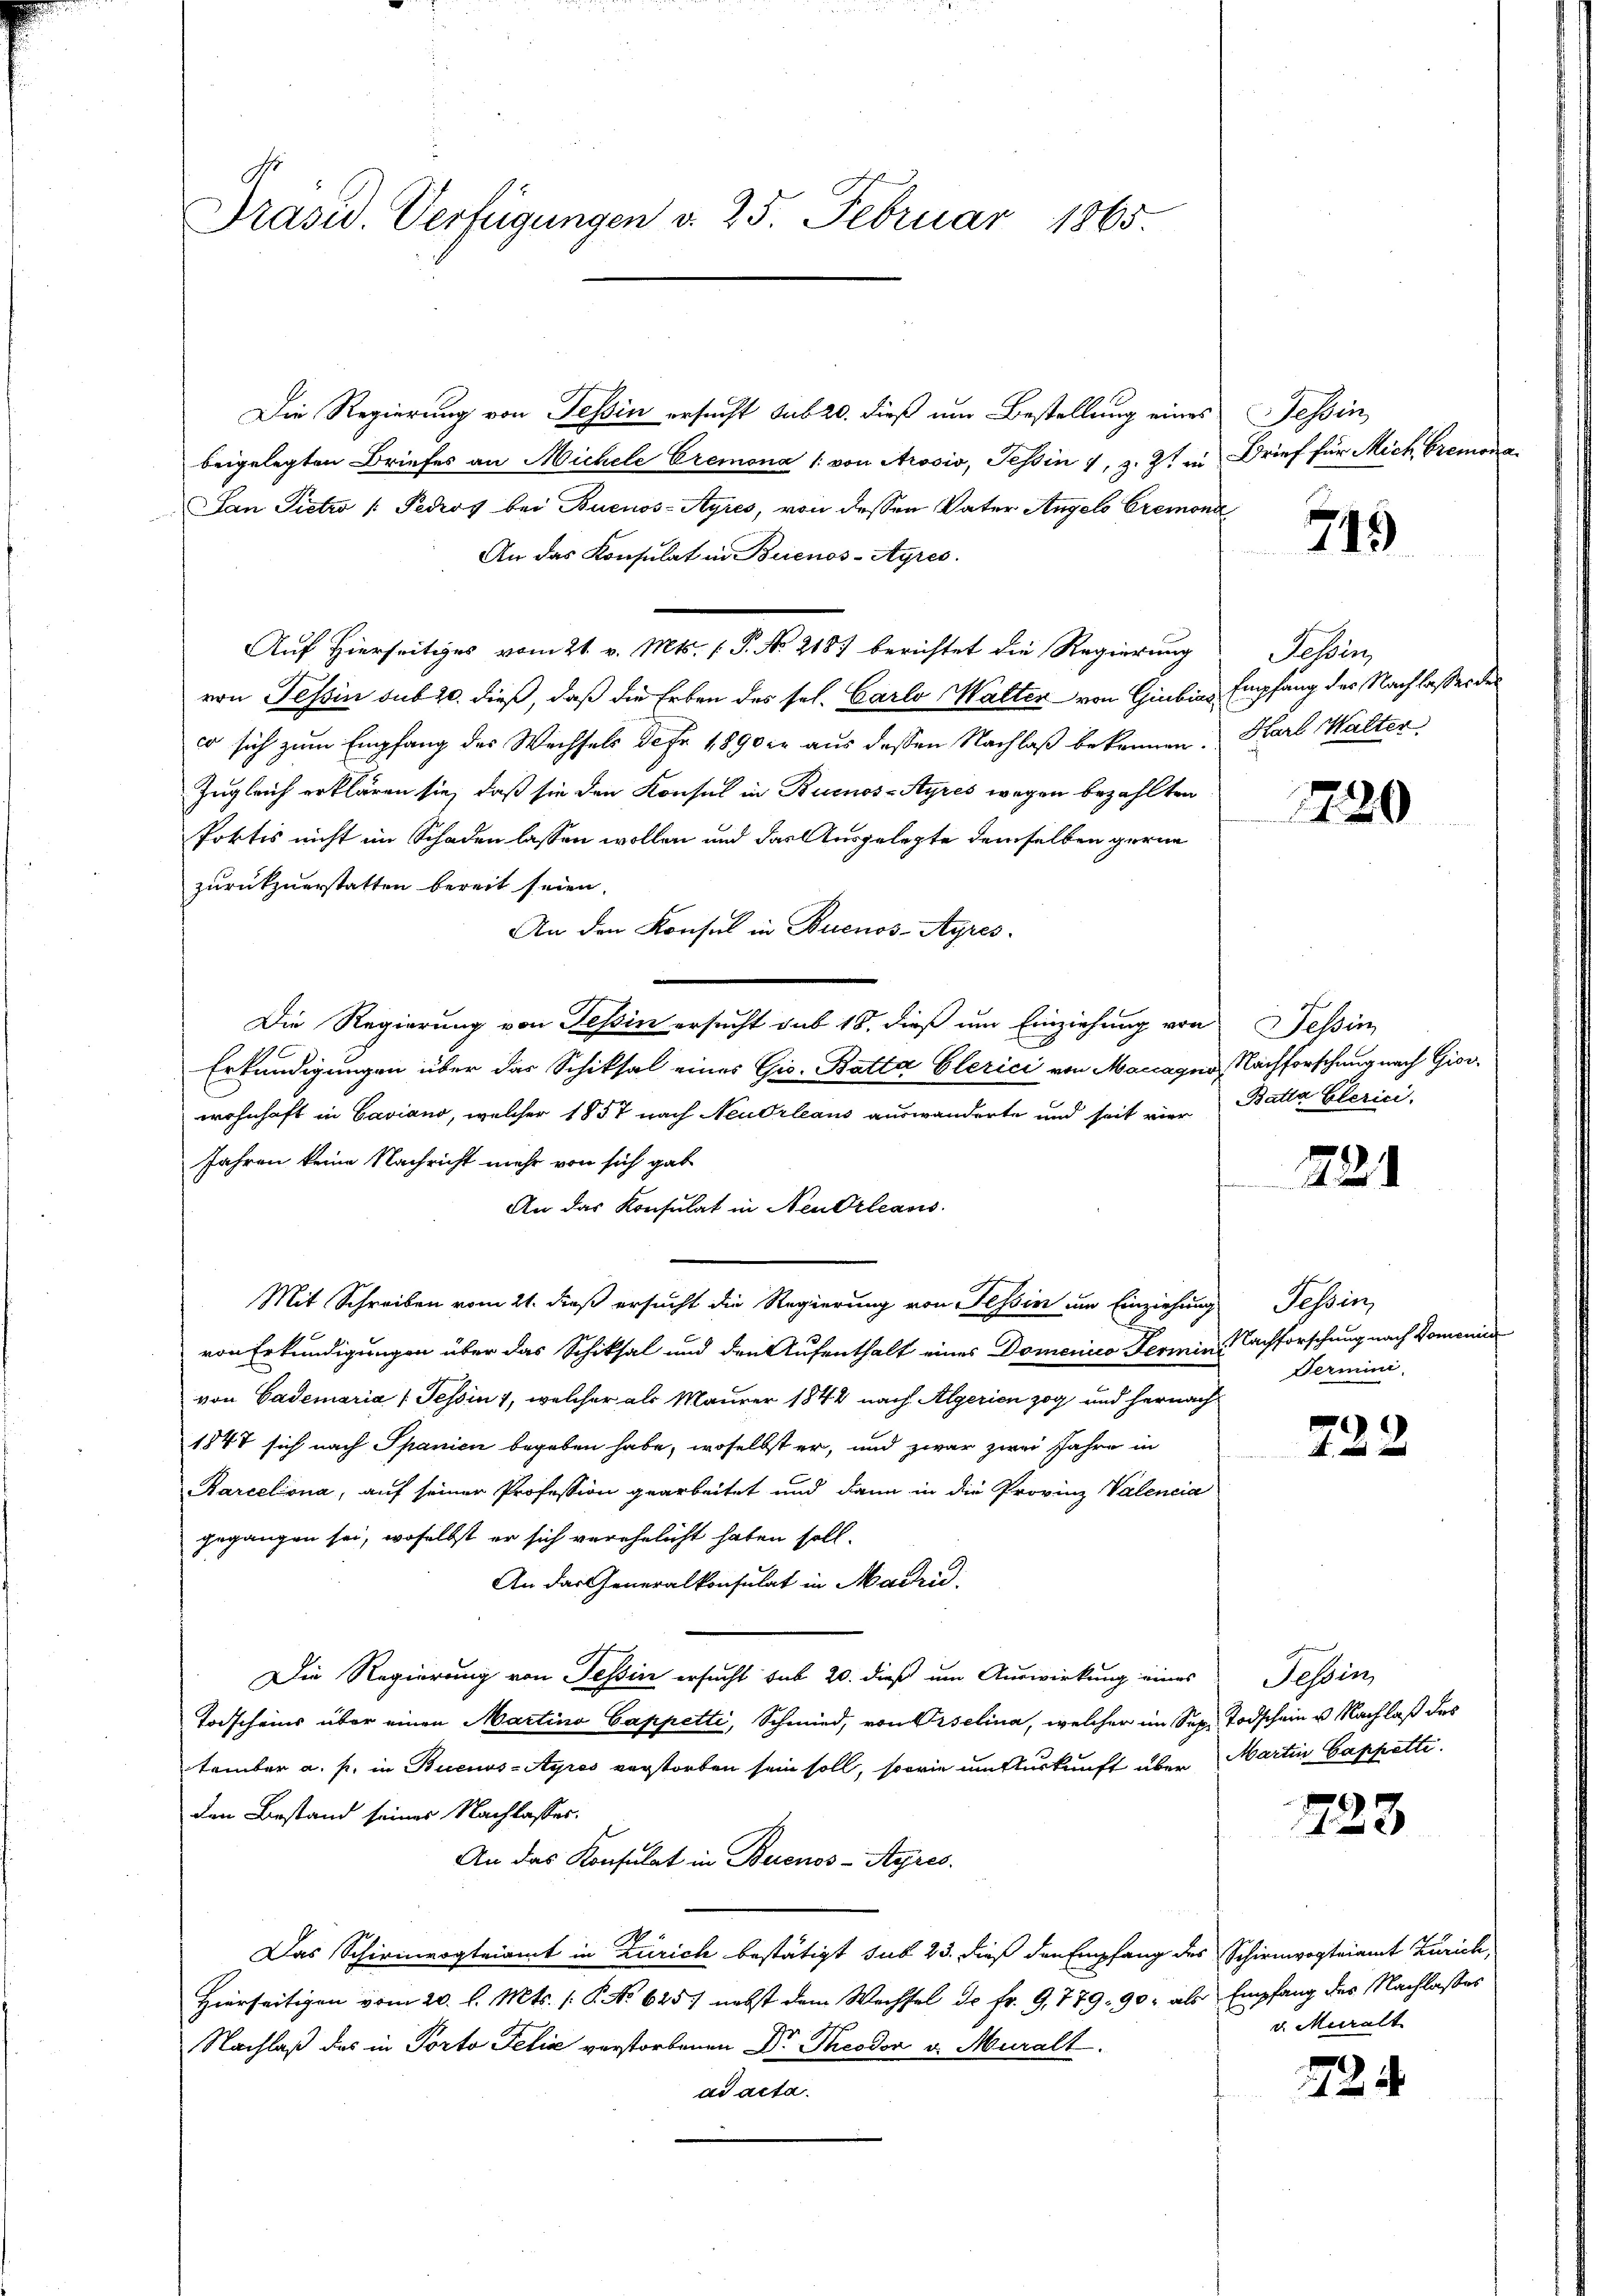
Präsid. Verfügungen v. 25. Februar 1865.

Die Regierung von Tessin ersucht sub 20. dieß um Bestellung eines
beigelegten Briefes an Michele Cremona /: von Arosio, Tessin, z. Z. a
Lan Pietro /: Pedros bei Buenos-Ayres, von dessen Vater Angelo Cremona
An das Konsulat in Buenos-Ayres.
Auf Hierseitiges vom 21. v. Mts. (T. No 2187 berichtet die Regierung
von Tessin sub 20. dieß, daß die Erben des sel. Carlo Walter von Giubias Empfang des Nachlasses der
co sich zum Empfang des Wechsels de fr. 1890 er aus dessen Nachlaß bekennen. Karl Walter
Zugleich erklären sie, daß sie den Konsul in Buenos-Ayres wegen bezahlten
Portis nicht im Schaden lassen wollen und das Ausgelegte demselben gerne
zurückzuerstatten bereit seien.
An den Konsul in Buenos-Ayres.
Die Regierung von Tessin ersucht sub 18, dieß um Einziehung von
Erkundigungen über das Schiksal eines Gio- Batta Clerici von Maccagno, Nachforschung nach Giov
wohnhaft in Caviano, welcher 1857 nach Neudrleans auswanderte und seit vier
Jahren keine Nachricht mehr von sich gab
An das Konsulat in Neubrleans
Mit Schreiben vom 21. dieß ersucht die Regierung von Tessin um Einziehung
von Erkundigungen über das Schiksal und den Aufenthalt eines Domenico Termin Nachforschung nach Domenice
von Cademaria (Tessin, welcher als Maurer 1842 nach Algerien zog und hernach
1847 sich nach Spanien begeben habe, woselbst er, und zwar zwei Jahre in
Rarcelona, auf seiner Profession gearbeitet und dann in die Provinz Valencia
gegangen sei, woselbst er sich verehelicht haben soll.
An das Generalkonsulat in Machid
Die Regierung von Tessin ersucht sub 20. dieß um Auswirkung eines
Todscheins über einen Martina Cappetti, Schmied, von Piselina, welcher im Sep. Todschein u. Nachlaß des
tember a. p. in Buenos-Ayres verstorben sein soll, sowie um Auskunft über Martin Cappetti.
den Bestand seines Nachlasses.
An das Konsulat in Buenos-Ayres.
Das Schirmvogteiamt in Zürich bestätigt sub 23. dieß den Empfang des Schirmvogteiamt Zürich,
Hierseitigen vom 20. d. Mts. (: P. No 6257 nebst dem Wechsel de fr. 9, 779. 90, als Empfang des Nachlasses
Nachlaß des in Porto Felix verstorbenen Dr Theodor v. Muralt.
ad acta.

Tessin
Brief für Mich Gremor

715

Jehin

1720

Tessin
Batta Clerici

22

Tessin,
Termin

722

Tessin,

723

v. Muralt

24